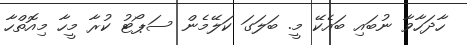
ހާދަހާވާ ނުބައި ބައެކޭ މީ. ބަލަގަ ކަލޭމެން ސަޕޯޓު ކުރާ މީހާ މިއޮތްހާ